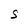
Character: S